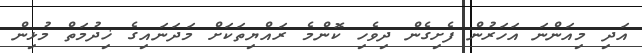
އަދި މިއަންނަ އަހަރުން ފެށިގެން ދިވެހި ކޮންމެ ރައްޔިތަކަށް މަދަނައިގެ ޚިދުމަތް މުޅިން